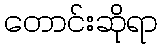
တောင်းဆိုရာ